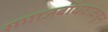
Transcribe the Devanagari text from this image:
समाजबांधवांकडून